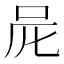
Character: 𠰨